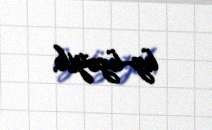
üz-üzəyik.